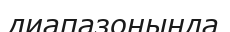
диапазонында